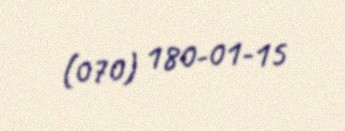
(070) 180-01-15